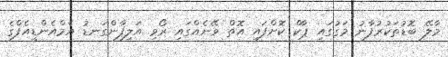
މާލޭ ބޮޑުތަކުރުފާނު މަގުގައި ޕާކް ކޮށްފައި އޮތް ވޭނެއްގައި ރޯވި އަލިފާންގަނޑު އެމްއެންޑީއެފްގެ